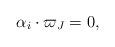
LaTeX: \begin{align*} \alpha_{i} \cdot \varpi_J =0 ,\end{align*}